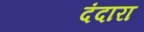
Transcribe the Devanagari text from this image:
दंदारा